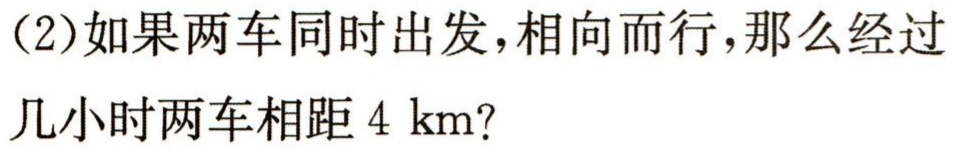
（2）如果两车同时出发，相向而行，那么经过几小时两车相距 \(4\ \mathrm{km}\)？